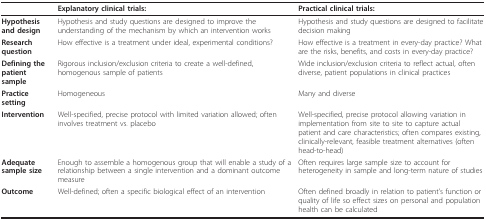
<table><thead><tr><td></td><td><b>Explanatory clinical trials:</b></td><td><b>Practical clinical trials:</b></td></tr></thead><tbody><tr><td><b>Hypothesis and design</b></td><td>Hypothesis and study questions are designed to improve the understanding of the mechanism by which an intervention works</td><td>Hypothesis and study questions are designed to facilitate decision making</td></tr><tr><td><b>Research question</b></td><td>How effective is a treatment under ideal, experimental conditions?</td><td>How effective is a treatment in every-day practice? What are the risks, benefits, and costs in every-day practice?</td></tr><tr><td><b>Defining the patient sample</b></td><td>Rigorous inclusion/exclusion criteria to create a well-defined, homogenous sample of patients</td><td>Wide inclusion/exclusion criteria to reflect actual, often diverse, patient populations in clinical practices</td></tr><tr><td><b>Practice setting</b></td><td>Homogeneous</td><td>Many and diverse</td></tr><tr><td><b>Intervention</b></td><td>Well-specified, precise protocol with limited variation allowed; often involves treatment vs. placebo</td><td>Well-specified, precise protocol allowing variation in implementation from site to site to capture actual patient and care characteristics; often compares existing, clinically-relevant, feasible treatment alternatives (often head-to-head)</td></tr><tr><td><b>Adequate sample size</b></td><td>Enough to assemble a homogenous group that will enable a study of a relationship between a single intervention and a dominant outcome measure</td><td>Often requires large sample size to account for heterogeneity in sample and long-term nature of studies</td></tr><tr><td><b>Outcome</b></td><td>Well-defined; often a specific biological effect of an intervention</td><td>Often defined broadly in relation to patient&#x27;s function or quality of life so effect sizes on personal and population health can be calculated</td></tr></tbody></table>